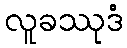
လူခဿုဒံ